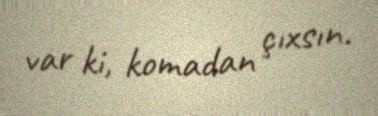
var ki, komadan çıxsın.